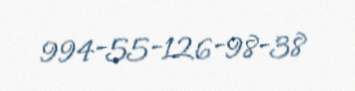
994-55-126-98-38